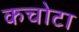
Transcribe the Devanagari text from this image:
कचोटा